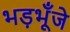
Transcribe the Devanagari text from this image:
भड़भूँजे